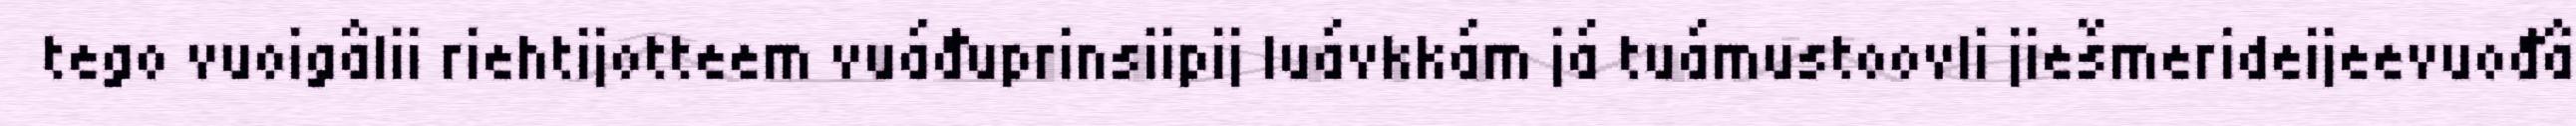
tego vuoigâlii riehtijotteem vuáđuprinsiipij luávkkám já tuámustoovli jiešmerideijeevuođâ